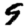
Digit: 9